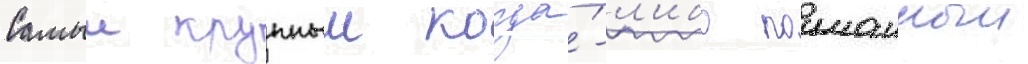
Самыи крупныи когда́-л'ибо поиманныи